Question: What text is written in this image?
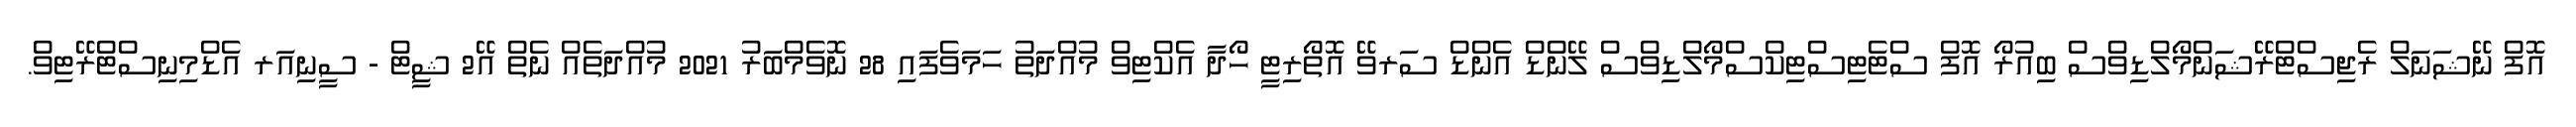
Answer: އޮފް ނޭޝަނަލް ރެޖިސްޓްރޭޝަންމޯލްޑިވްސް ބިއުރޯ އޮފް ސްޓެޓިސްޓިކްސްމޯލްޑިވްސް ލޭންޑް އެންޑް ސަރވޭ އޮތޯރިޓީ ހޯދާ އެކްޓިވް މުއްދަތު ހަމަވެފައި 28 ނޮވެމްބަރު 2021 މުއްދަތެއް ނެތް އޭ2 ޝީޓް - ސީނިއަރ އެޑްމިނިސްޓްރޭޓިވް.